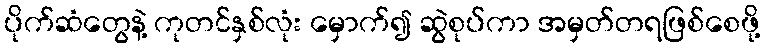
ပိုက်ဆံတွေနဲ့ ကုတင်နှစ်လုံး မှောက်၍ ဆွဲစုပ်ကာ အမှတ်တရဖြစ်စေဖို့